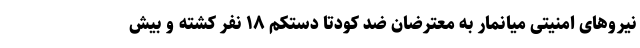
نیروهای امنیتی میانمار به معترضان ضد کودتا دستکم ۱۸ نفر کشته و بیش